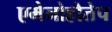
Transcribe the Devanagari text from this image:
एमेनोहोतेप